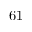
6 1